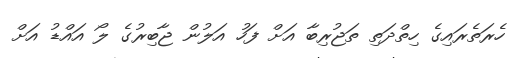
ހެރަތެރައިގެ ހިތްދަތި ތަޖުރިބާ އަށް ފަހު އަލުން ޖާބިރުގެ ލޯ އައްޑު އަށް